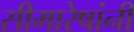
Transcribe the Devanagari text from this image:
सीमारेषांनी